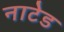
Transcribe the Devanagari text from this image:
नाटेड